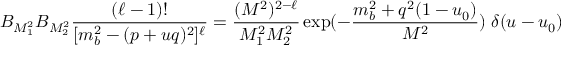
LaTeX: { \cal B } _ { M _ { 1 } ^ { 2 } } { \cal B } _ { M _ { 2 } ^ { 2 } } { \frac { ( \ell - 1 ) ! } { [ m _ { b } ^ { 2 } - ( p + u q ) ^ { 2 } ] ^ { \ell } } } = { \frac { ( M ^ { 2 } ) ^ { 2 - \ell } } { M _ { 1 } ^ { 2 } M _ { 2 } ^ { 2 } } } \exp ( - { \frac { m _ { b } ^ { 2 } + q ^ { 2 } ( 1 - u _ { 0 } ) } { M ^ { 2 } } } ) \; \delta ( u - u _ { 0 } )